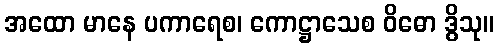
အထော မာနေ ပကာရေစ၊ ကောဋ္ဌာသေစ ဝိဓော ဒွိသု။